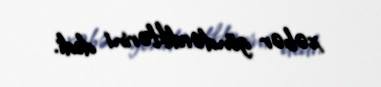
xəbər göndərdiklərini dedi.